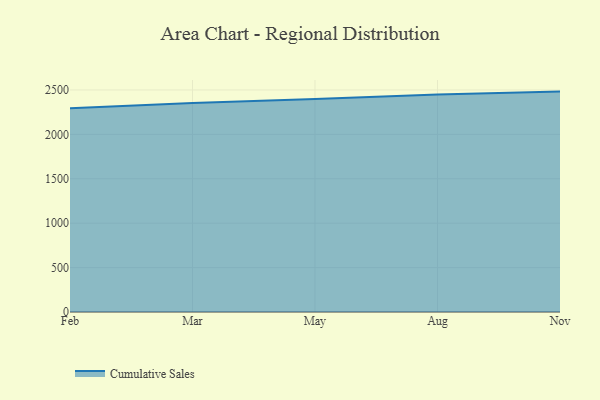
{"axis": {"x": "Month", "y": "Inventory Turnover"}, "legend": ["Cumulative Sales"], "data": [{"x": "Feb", "y": 2293.5, "type": "Cumulative Sales"}, {"x": "Mar", "y": 2353.0, "type": "Cumulative Sales"}, {"x": "May", "y": 2398.8, "type": "Cumulative Sales"}, {"x": "Aug", "y": 2449.4, "type": "Cumulative Sales"}, {"x": "Nov", "y": 2481.7, "type": "Cumulative Sales"}]}